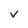
Character: v